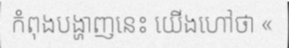
កំពុងបង្ហាញនេះ យើងហៅថា «